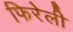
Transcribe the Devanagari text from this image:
फिरेली